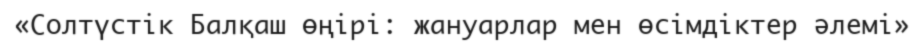
«Солтүстік Балқаш өңірі: жануарлар мен өсімдіктер әлемі»